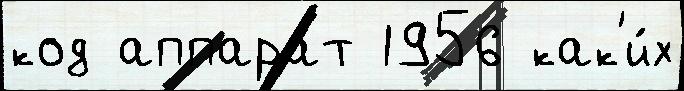
код аппара́т 1956 как'и́х